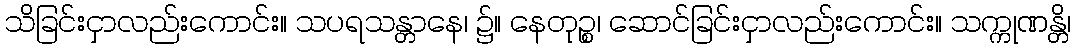
သိခြင်းငှာလည်းကောင်း။ သပရသန္တာနေ၊ ၌။ နေတုဉ္စ၊ ဆောင်ခြင်းငှာလည်းကောင်း။ သက္ကုဏန္တိ၊